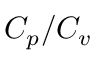
C _ { p } / C _ { v }